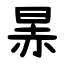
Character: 㫱